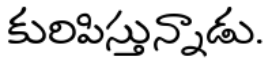
కురిపిస్తున్నాడు.